Annual administration report of the Civil Veterinary Department of India - 1902-1903
Year: 1902
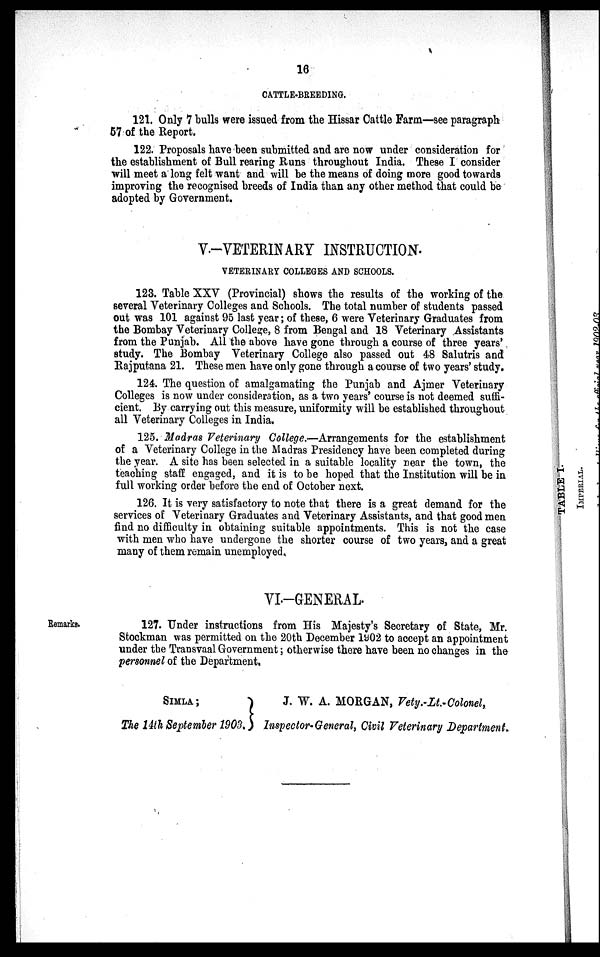
16
CATTLE-BREEDING.
121. Only 7 bulls were issued from the Hissar Cattle Farm—see paragraph
57 of the Report.
122. Proposals have been submitted and are now under consideration for
the establishment of Bull rearing Runs throughout India. These I consider
will meet a long felt want and will be the means of doing more good towards
improving the recognised breeds of India than any other method that could be
adopted by Government.
V.-VETERINARY INSTRUCTION.
VETERINARY COLLEGES AND SCHOOLS.
123. Table XXV (Provincial) shows the results of the working of the
several Veterinary Colleges and Schools. The total number of students passed
out was 101 against 95 last year; of these, 6 were Veterinary Graduates from
the Bombay Veterinary College, 8 from Bengal and 18 Veterinary Assistants
from the Punjab. All the above have gone through a course of three years'
study. The Bombay Veterinary College also passed out 48 Salutris and
Rajputana 21. These men have only gone through a course of two years' study.
124. The question of amalgamating the Punjab and Ajmer Veterinary
Colleges is now under consideration, as a two years' course is not deemed suffi-
cient. By carrying out this measure, uniformity will be established throughout
all Veterinary Colleges in India.
125. Madras Veterinary College.—Arrangements for the establishment
of a Veterinary College in the Madras Presidency have been completed during
the year. A site has been selected in a suitable locality near the town, the
teaching staff engaged, and it is to be hoped that the Institution will be in
full working order before the end of October next.
126. It is very satisfactory to note that there is a great demand for the
services of Veterinary Graduates and Veterinary Assistants, and that good men
find no difficulty in obtaining suitable appointments. This is not the case
with men who have undergone the shorter course of two years, and a great
many of them remain unemployed.
VI.-GENERAL.
Remarks.
127. Under instructions from His Majesty's Secretary of State, Mr.
Stockman was permitted on the 20th December 1902 to accept an appointment
under the Transvaal Government; otherwise there have been no changes in the
personnel of the Department.
SIMLA;
The 14th September 1903.
J. W. A. MORGAN, Vety.-Lt.-Colonel,
Inspector-General, Civil Veterinary Department.